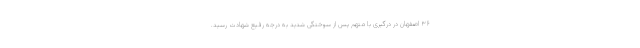
۳۶ اصفهان در درگیری با متهم پس از سوختگی شدید به درجه رفیع شهادت رسید.